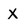
Character: X